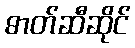
ဓာတ်ဆီဆိုင်